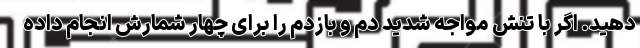
دهید. اگر با تنش مواجه شدید دم و بازدم را برای چهار شمارش انجام داده